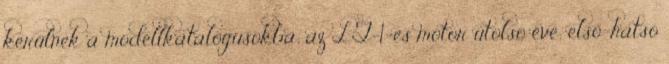
kerülnek a modellkatalógusokba; az LT-1-es motor utolsó éve; első-hátsó